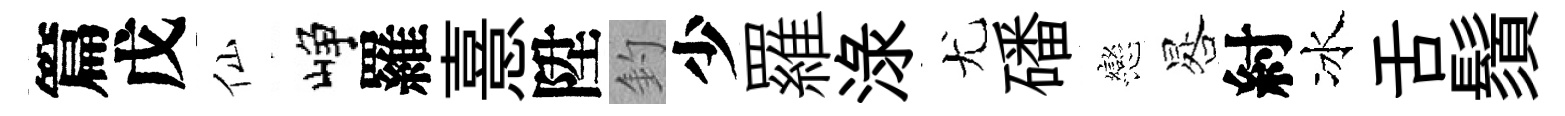
篇戊仙峥羅憙陞釣少羅渌尤磻戀晷紂冰舌鬚